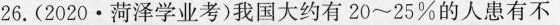
26.(2020·菏泽学业考)我国大约有20~25%的人患有不